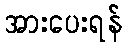
အားပေးရန်